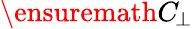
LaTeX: \ensuremath{C_{\! \! \: \perp}}